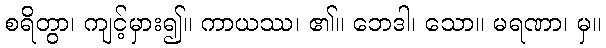
စရိတွာ၊ ကျင့်မှား၍။ ကာယဿ၊ ၏။ ဘေဒါ၊ သော။ မရဏာ၊ မှ။